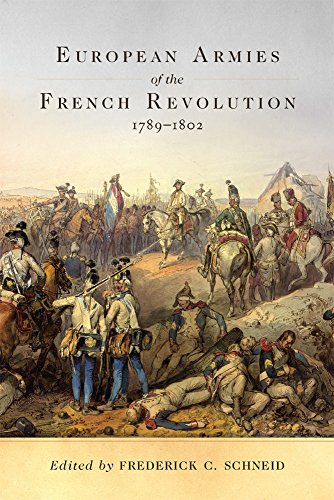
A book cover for European Armies of the French Revolution, 1789EE1802 (Campaigns and Commanders Series); History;